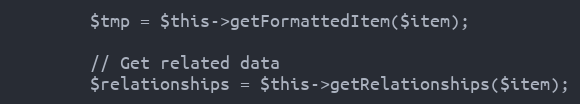
Language: PHP
        $tmp = $this->getFormattedItem($item);

        // Get related data
        $relationships = $this->getRelationships($item);